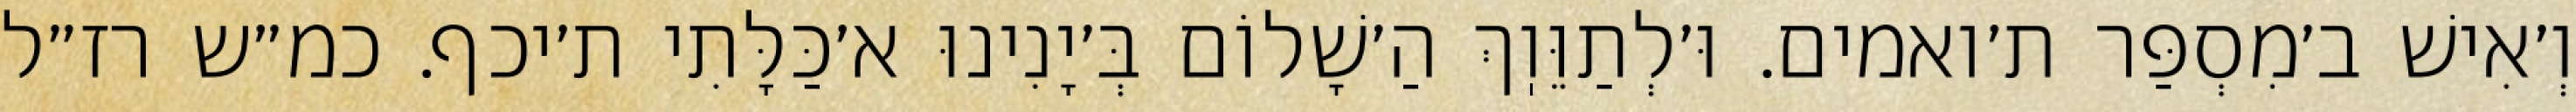
וְ׳אִישׁ ב׳מִסְפַּר ת׳ואמים. וּ׳לְתַוֵּוֽךְ הַ׳שָׁלוֹם בְּ׳יָנִינוּ א׳כַּלָּתִי ת׳יכף. כמ״ש רז״ל